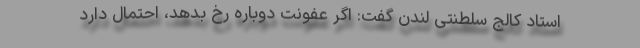
استاد کالج‌ سلطنتی لندن گفت: اگر عفونت دوباره رخ بدهد، احتمال دارد